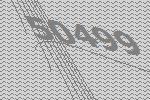
50499